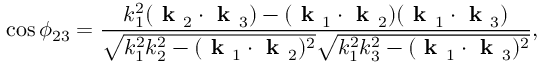
\cos \phi _ { 2 3 } = \frac { k _ { 1 } ^ { 2 } ( \textbf { k } _ { 2 } \cdot \textbf { k } _ { 3 } ) - ( \textbf { k } _ { 1 } \cdot \textbf { k } _ { 2 } ) ( \textbf { k } _ { 1 } \cdot \textbf { k } _ { 3 } ) } { \sqrt { k _ { 1 } ^ { 2 } k _ { 2 } ^ { 2 } - ( \textbf { k } _ { 1 } \cdot \textbf { k } _ { 2 } ) ^ { 2 } } \sqrt { k _ { 1 } ^ { 2 } k _ { 3 } ^ { 2 } - ( \textbf { k } _ { 1 } \cdot \textbf { k } _ { 3 } ) ^ { 2 } } } ,